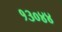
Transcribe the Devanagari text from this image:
१३०४४